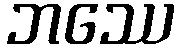
ဘဿေ